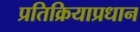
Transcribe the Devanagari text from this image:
प्रतिक्रियाप्रधान